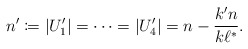
\begin{align*}n'\coloneqq |U_1'|=\dots= |U_4'|=n-\frac{k'n}{k\ell^*}.\end{align*}